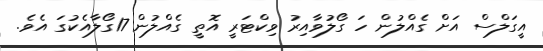
އީގަލްސް އަށް ގެއްލުން ހަ ގޯލުވާއިރު ވިކްޓަރީ އޮތީ ގެއްލުން 17ގޯލާއެކުގަ އެވެ.